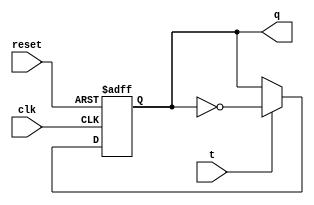
module t_flipflop (
    input wire clk,
    input wire reset,
    input wire t,
    output reg q
);

always @(posedge clk or posedge reset) begin
    if (reset) begin
        q <= 1'b0; // Initialize Q to 0 on reset
    end else begin
        if (t) begin
            q <= ~q; // Toggle Q when T is high
        end
    end
end

endmodule